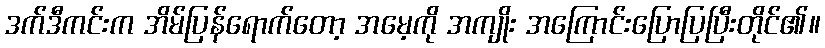
ဒက်ဒီကင်းက အိမ်ပြန်ရောက်တော့ အမေ့ကို အကျိုး အကြောင်းပြောပြပြီးတိုင်၏။